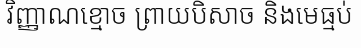
វិញ្ញាណខ្មោច ព្រាយបិសាច និងមេធ្មប់